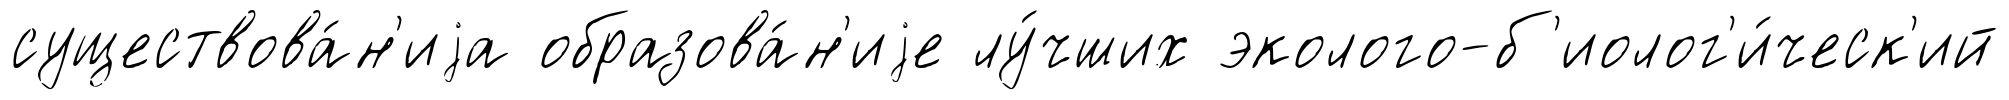
существова́н'иjа образова́н'иjе лу́чших эколого-б'иолог'и́ческ'ий